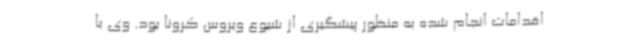
اقدامات انجام شده به منظور پیشگیری از شیوع ویروس کرونا بود. وی با